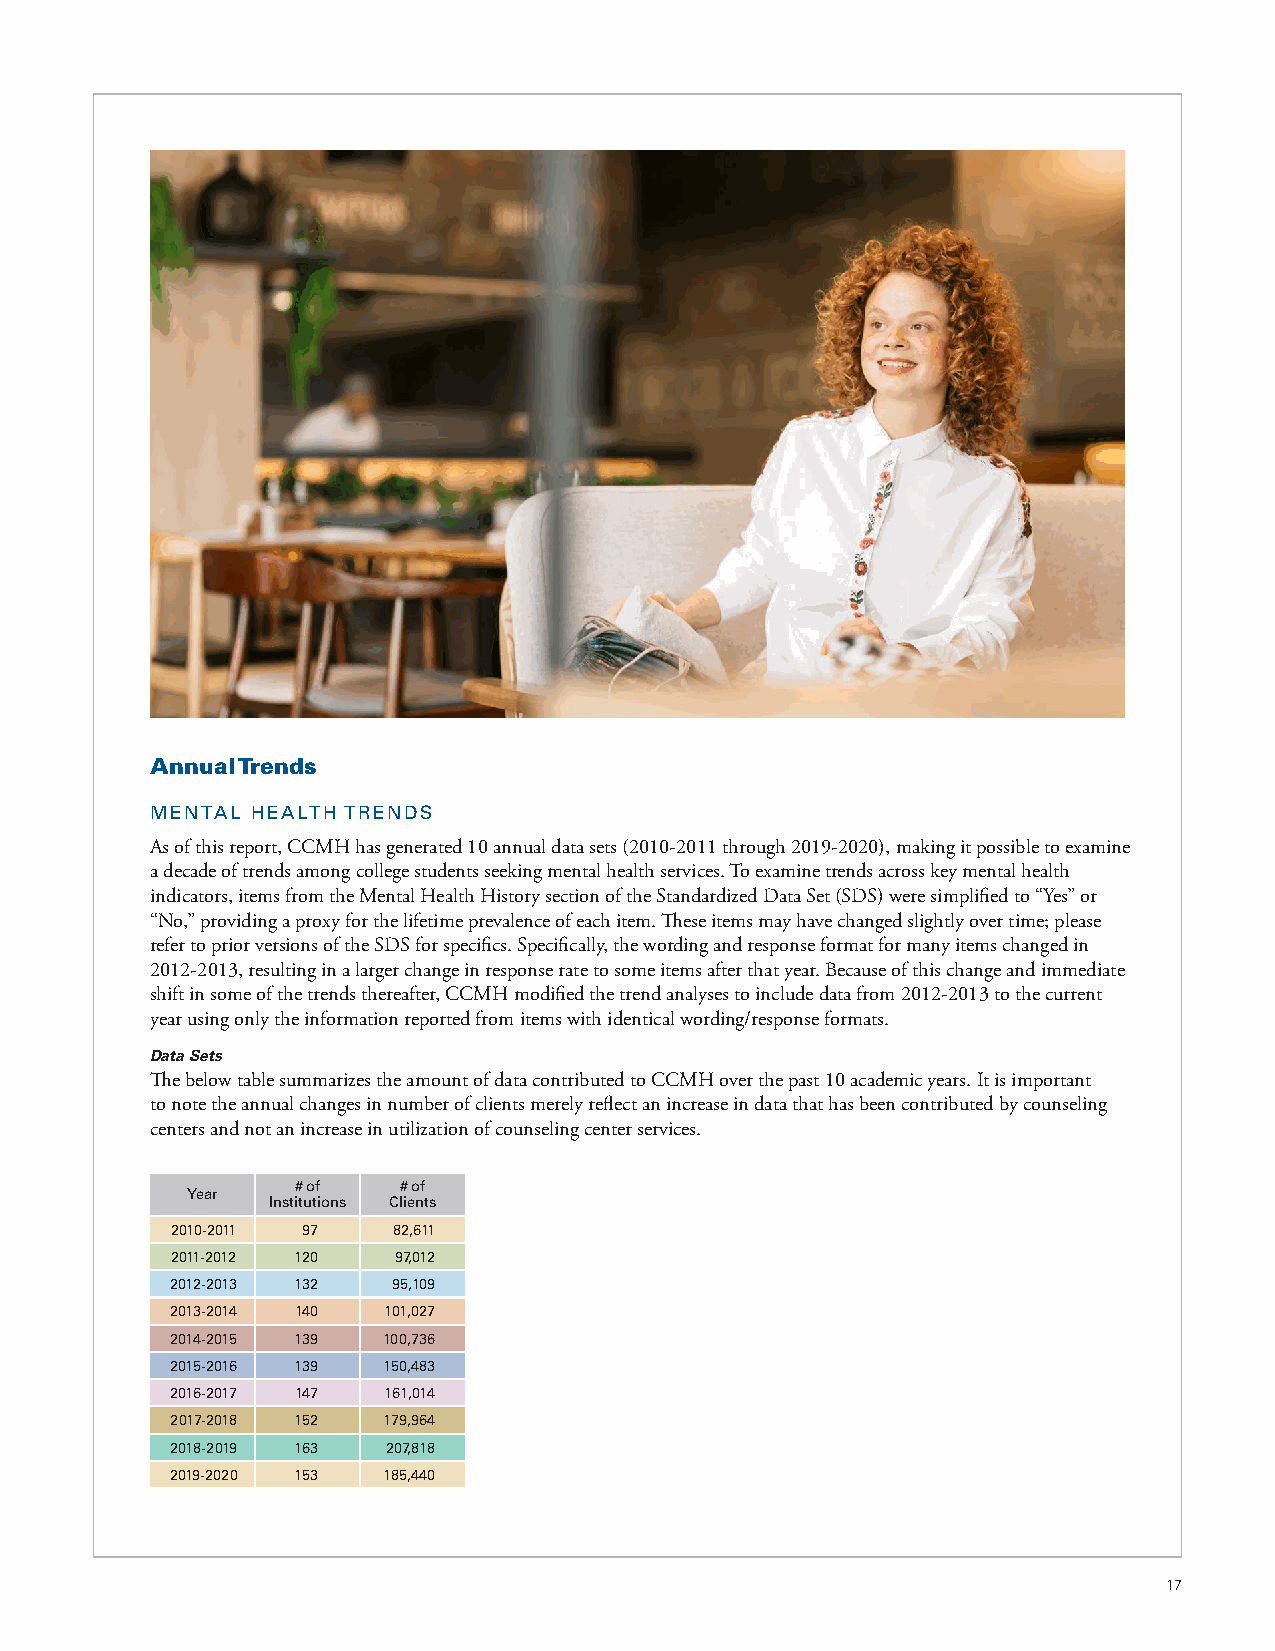
Annual Trends
 MENTAL HEALTH TRENDS
 As of this report, CCMH has generated 10 annual data sets (2010-2011 through 2019-2020), making it possible to examine
 a decade of trends among college students seeking mental health services. To examine trends across key mental health
 indicators, items from the Mental Health History section of the Standardized Data Set (SDS) were simplified to “Yes” or
 “No,” providing a proxy for the lifetime prevalence of each item. These items may have changed slightly over time; please
 refer to prior versions of the SDS for specifics. Specifically, the wording and response format for many items changed in
 2012-2013, resulting in a larger change in response rate to some items after that year. Because of this change and immediate
 shift in some of the trends thereafter, CCMH modified the trend analyses to include data from 2012-2013 to the current
 year using only the information reported from items with identical wording/response formats.
 Data Sets
 The below table summarizes the amount of data contributed to CCMH over the past 10 academic years. It is important
 to note the annual changes in number of clients merely reflect an increase in data that has been contributed by counseling
 centers and not an increase in utilization of counseling center services.
 # of  # of
 Year
 Institutions Clients
 2010-2011 97   82,611
 2011-2012 120  97,012
 2012-2013 132  95,109
 2013-2014 140 101,027
 2014-2015 139 100,736
 2015-2016 139 150,483
 2016-2017 147 161,014
 2017-2018 152 179,964
 2018-2019 163  207,818
 2019-2020 153 185,440
 17